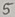
Text: 5